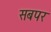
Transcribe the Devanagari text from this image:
सबपर